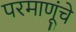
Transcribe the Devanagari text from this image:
परमाणूंचे